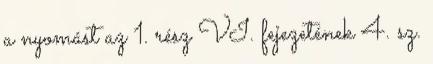
a nyomást az 1. rész VI. fejezetének 4. sz.